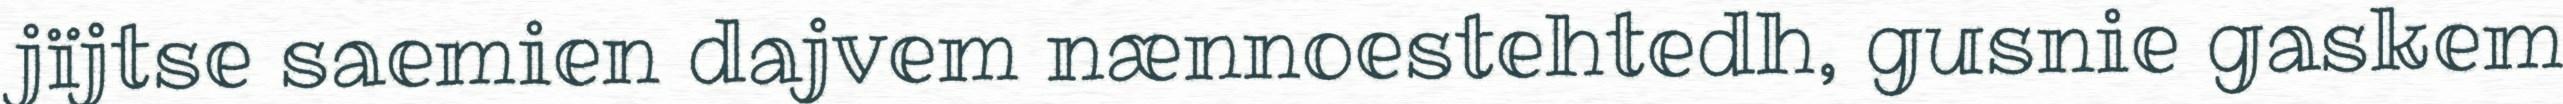
jïjtse saemien dajvem nænnoestehtedh, gusnie gaskem